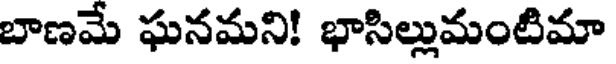
బాణమే ఘనమని! భాసిల్లుమంటిమా